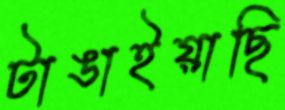
টাঙাইয়াছি